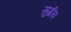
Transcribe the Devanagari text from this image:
सुग्रीप